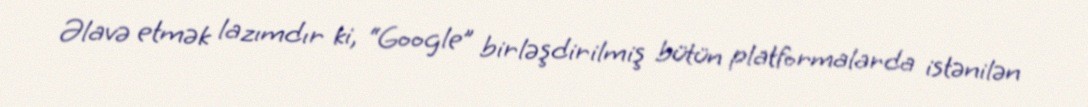
Əlavə etmək lazımdır ki, “Google” birləşdirilmiş bütün platformalarda istənilən